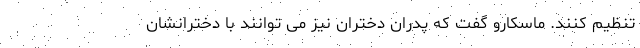
تنظیم کنند. ماسکارو گفت که پدران دختران نیز می توانند با دخترانشان